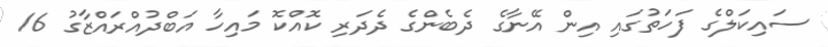
ސައިކަލްގެ ފަހަތުގައި އިން އޭނާގެ ދެބެންގެ ދެދަރި ކޮއްކޮ މައިހާ އަބްދުއްރައްޒާގު 16